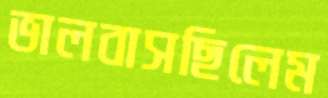
ভালবাসছিলেম